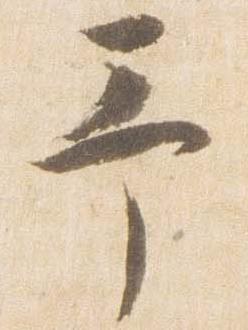
予